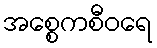
အစ္စေကစီဝရေ